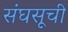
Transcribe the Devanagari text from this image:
संघसूची